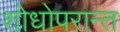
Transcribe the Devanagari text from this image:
शोधोपरान्त